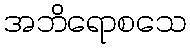
အဘိရောစသေ